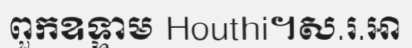
ពួកឧទ្ទាម Houthi។ស.រ.អា